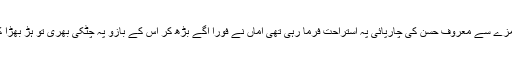
مہرو بڑے مزے سے معروف حسن کی چارپائی پہ استراحت فرما رہی تھی اماں نے فوراََ آگے بڑھ کر اس کے بازو پہ چٹکی بھری تو ہڑ بھڑا کر اٹھ بیٹھی۔